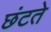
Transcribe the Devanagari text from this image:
छंटते